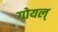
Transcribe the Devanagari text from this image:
गोयल्